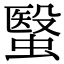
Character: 䗟